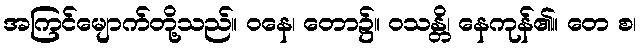
အကြင်မျောက်တို့သည်။ ဝနေ၊ တော၌။ ဝသန္တိ၊ နေကုန်၏။ တေ စ၊